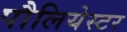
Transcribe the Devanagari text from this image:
पौलियेस्टर